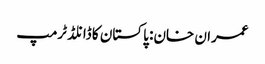
عمران خان: پاکستان کا ڈانلڈ ٹرمپ